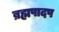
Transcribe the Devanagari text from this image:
ब्रह्मपादप